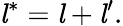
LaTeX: {{\mathit{l}}^{*}}={\mathit{l}}+{{\mathit{l}}^{\prime}}.